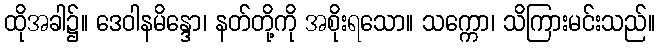
ထိုအခါ၌။ ဒေဝါနမိန္ဒော၊ နတ်တို့ကို အစိုးရသော။ သက္ကော၊ သိကြားမင်းသည်။